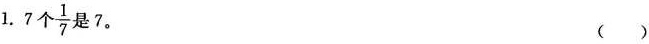
1.7个 $$\frac{1}{7}$$ 是7。( )